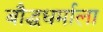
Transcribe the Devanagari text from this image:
बौद्धधर्माला